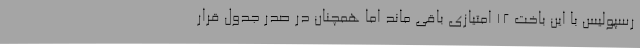
رسپولیس با این باخت ۱۲ امتیازی باقی ماند اما همچنان در صدر جدول قرار